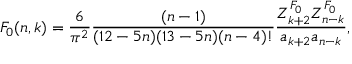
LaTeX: F _ { 0 } ( n , k ) = { \frac { 6 } { \pi ^ { 2 } } } { \frac { ( n - 1 ) } { ( 1 2 - 5 n ) ( 1 3 - 5 n ) ( n - 4 ) ! } } { \frac { Z _ { k + 2 } ^ { F _ { 0 } } Z _ { n - k } ^ { F _ { 0 } } } { a _ { k + 2 } a _ { n - k } } } ,